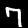
Digit: 7